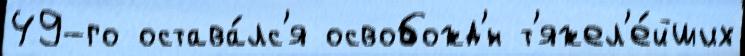
49-го остава́лс'я освобожд'́н т'яжел'е́йших